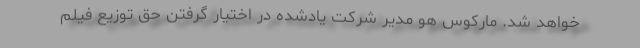
خواهد شد. مارکوس هو مدیر شرکت یادشده در اختیار گرفتن حق توزیع فیلم